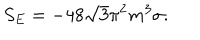
S _ { E } = - 4 8 \sqrt { 3 } { \pi } ^ { 2 } m ^ { 3 } \sigma .